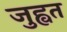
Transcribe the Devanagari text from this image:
जुह्वत